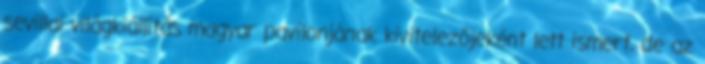
sevillai világkiállítás magyar pavilonjának kivitelezőjeként lett ismert, de az